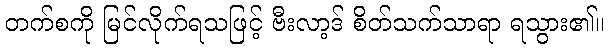
တက်စကို မြင်လိုက်ရသဖြင့် ဗီးလာ့ဒ် စိတ်သက်သာရာ ရသွား၏။